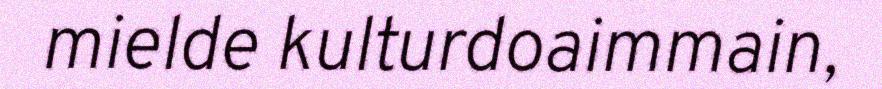
mielde kulturdoaimmain,